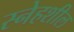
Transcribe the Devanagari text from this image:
स्नेहशील